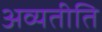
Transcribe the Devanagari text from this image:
अव्यतीति